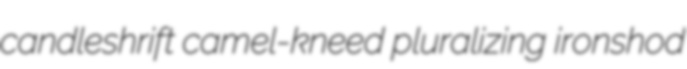
candleshrift camel-kneed pluralizing ironshod